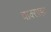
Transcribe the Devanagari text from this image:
वाक्साइट